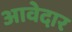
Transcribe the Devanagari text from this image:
आवेदार